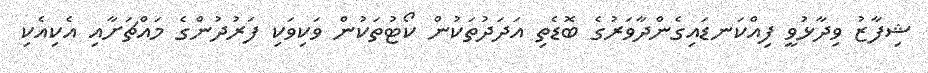
ޝިފާޒު ވިދާޅުވީ ފިއްކަނޑައިގެންދާވަރުގެ ބޮޑެތި އަދަދުތަކުން ކޯޓުތަކުން ވަކިވަކި ފަރުދުންގެ މައްޗަށާއި އެކިއެކި